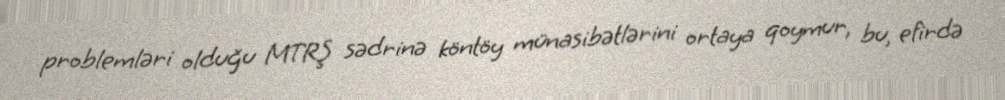
problemləri olduğu MTRŞ sədrinə köntöy münasibətlərini ortaya qoymur, bu, efirdə